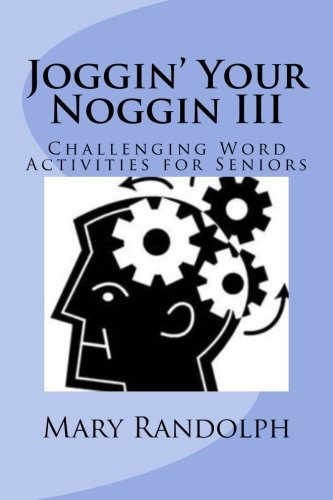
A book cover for Joggin' Your Noggin: Challenging Word Activities for Seniors; Ms Mary B Randolph MS; Health, Fitness & Dieting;